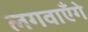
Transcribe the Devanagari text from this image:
लगवाएँगे